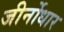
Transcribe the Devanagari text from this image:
जीर्नोधार